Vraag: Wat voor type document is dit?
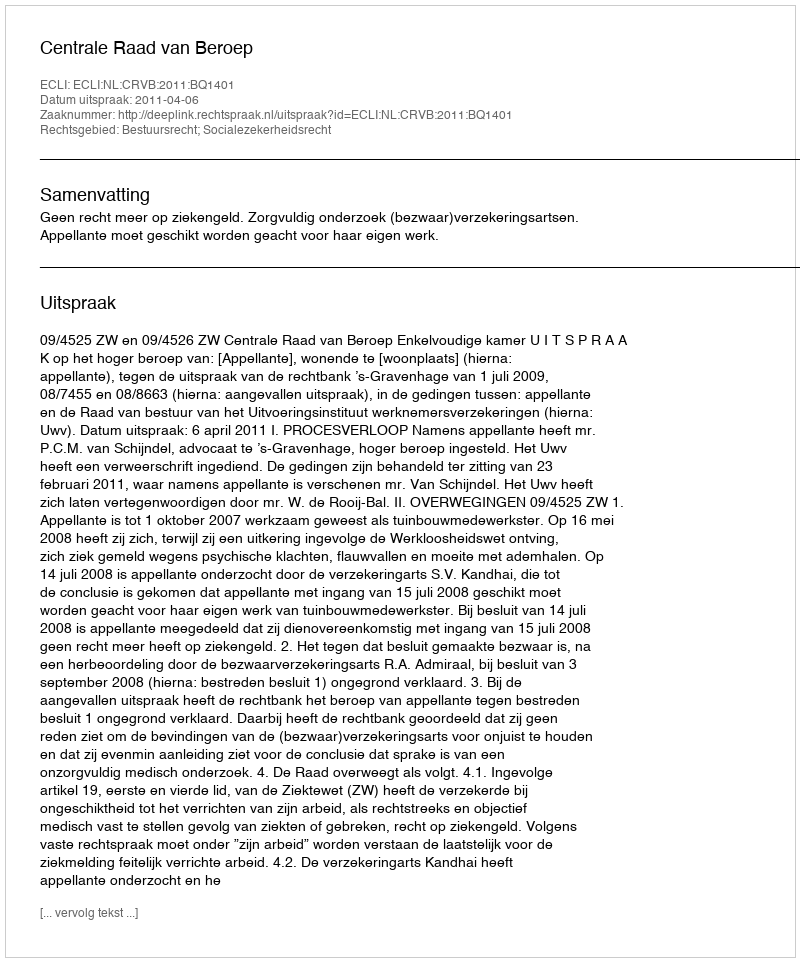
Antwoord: Uitspraak